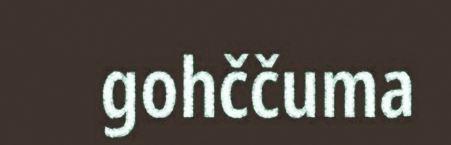
gohččuma